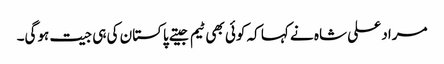
مراد علی شاہ نے کہا کہ کوئی بھی ٹیم جیتے پاکستان کی ہی جیت ہوگی۔